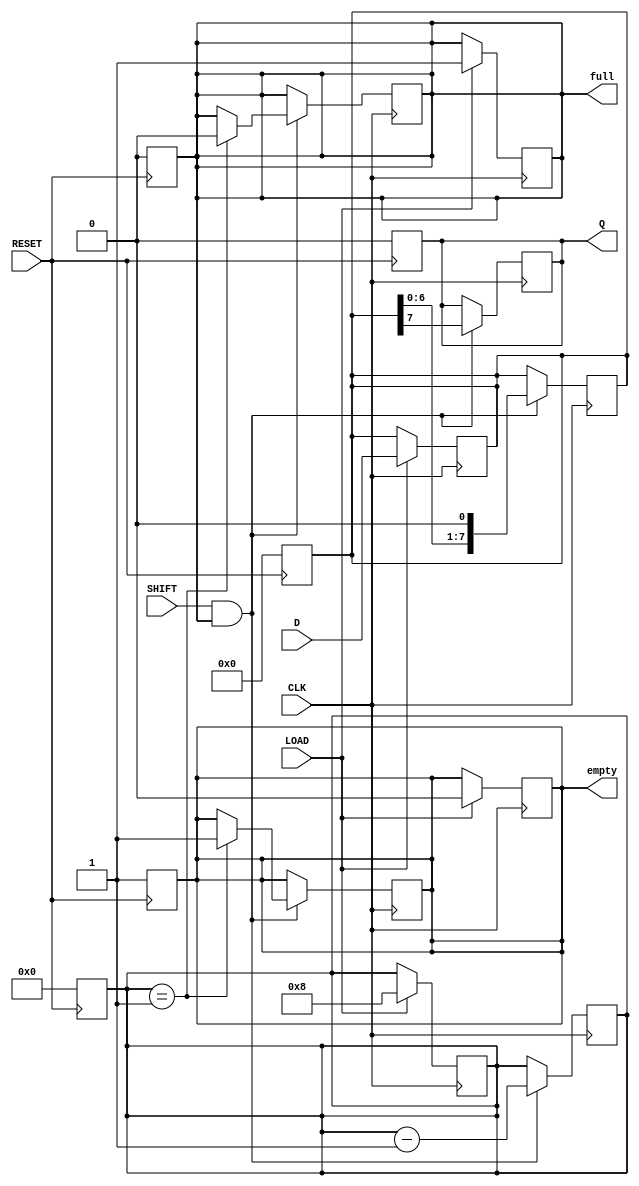
module TwoStagePISO #(
    parameter WIDTH = 8  // Width of the parallel data input
)(
    input wire [WIDTH-1:0] D,    // Parallel Data Input
    input wire LOAD,              // Load Signal
    input wire SHIFT,             // Shift Signal
    input wire CLK,               // Clock Signal
    input wire RESET,             // Reset Signal
    output reg Q,                 // Serial Output
    output reg full,              // Status Flag: Register is full
    output reg empty              // Status Flag: Register is empty
);

    // Internal registers for the two stages
    reg [WIDTH-1:0] input_reg;    // Stage 1: Input Register
    reg [WIDTH-1:0] output_reg;   // Stage 2: Output Register
    reg [3:0] bit_counter;         // To keep track of shifted bits

    // Asynchronous reset
    always @(posedge RESET) begin
        input_reg <= 0;
        output_reg <= 0;
        Q <= 0;
        full <= 0;
        empty <= 1;
        bit_counter <= 0;
    end

    // Loading data into the input register
    always @(posedge CLK) begin
        if (LOAD) begin
            input_reg <= D;         // Load data on LOAD signal
            full <= 1;              // Set full flag
            empty <= 0;             // Clear empty flag
            bit_counter <= WIDTH;    // Reset bit counter
        end
    end

    // Shifting data from input register to output register
    always @(posedge CLK) begin
        if (SHIFT && full) begin
            output_reg <= {output_reg[WIDTH-2:0], input_reg[WIDTH-1]}; // Shift in MSB
            Q <= input_reg[WIDTH-1]; // Output the MSB
            input_reg <= {input_reg[WIDTH-2:0], 1'b0}; // Shift input register
            bit_counter <= bit_counter - 1;

            // Update status flags
            if (bit_counter == 1) begin
                full <= 0; // Clear full flag when last bit is shifted
                empty <= 1; // Set empty flag when done
            end
        end
    end

endmodule